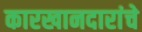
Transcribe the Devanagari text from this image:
कारखानदारांचे